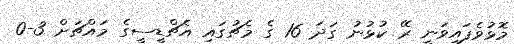
މޮޅުވެފައިވަނީ ރޭ ކުޅުނު ގަދަ 16 ގެ މެޗުގައި އެޗްޑީސީގެ މައްޗަށް 3-0